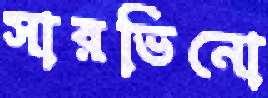
সারভিনো